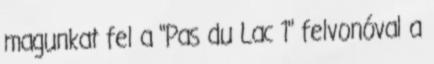
magunkat fel a "Pas du Lac 1" felvonóval a